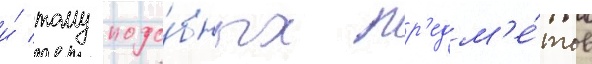
и́ тому подо́бных пр'едм'е́тов